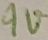
Text: 9V